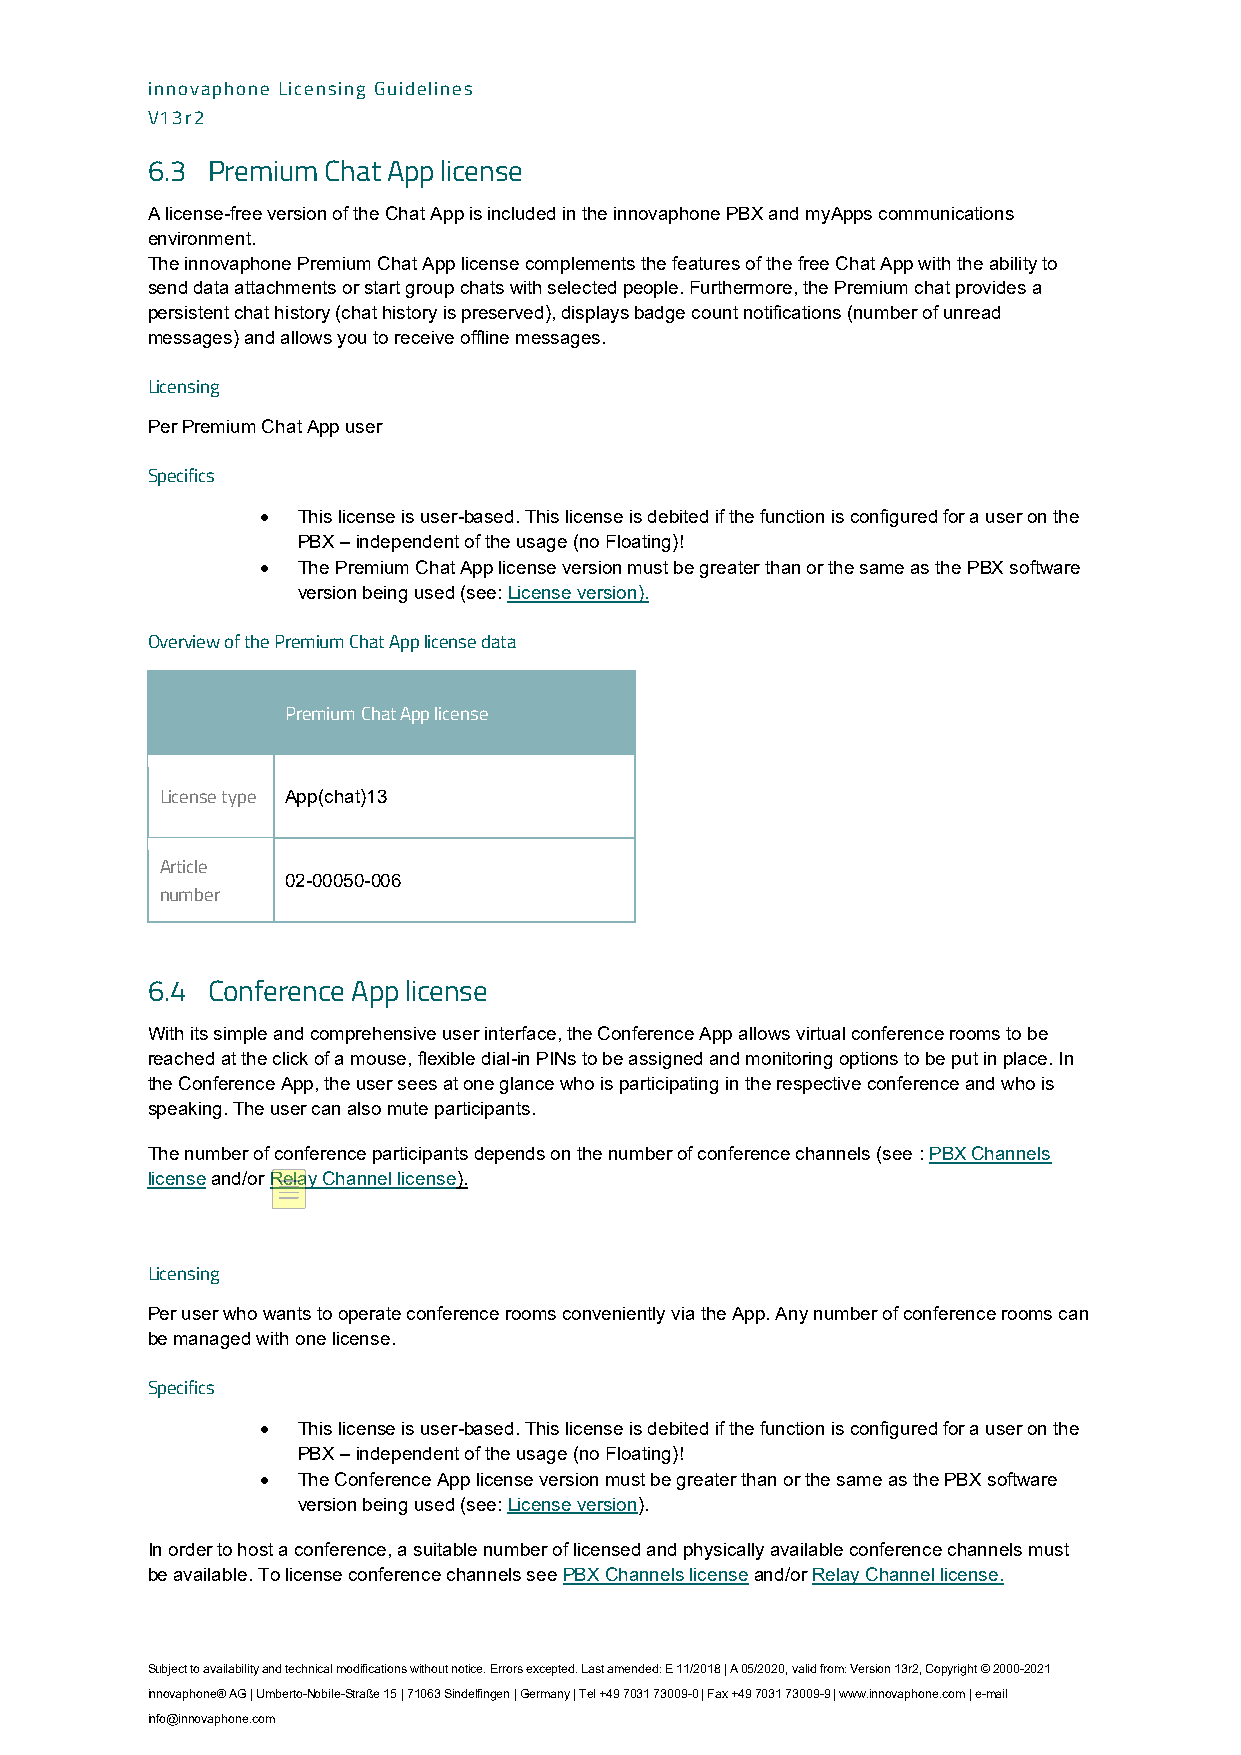
innovaphone Licensing Guidelines
 V13r2
 6.3 Premium Chat App license
 A license-free version of the Chat App is included in the innovaphone PBX and myApps communications
 environment.
 The innovaphone Premium Chat App license complements the features of the free Chat App with the ability to
 send data attachments or start group chats with selected people. Furthermore, the Premium chat provides a
 persistent chat history (chat history is preserved), displays badge count notifications (number of unread
 messages) and allows you to receive offline messages.
 Licensing
 Per Premium Chat App user
 Specifics
 •  This license is user-based. This license is debited if the function is configured for a user on the
 PBX – independent of the usage (no Floating)!
 •  The Premium Chat App license version must be greater than or the same as the PBX software
 version being used (see: License version).
 Overview of the Premium Chat App license data
 Premium Chat App license
 License type App(chat)13
 Article
 02-00050-006
 number
 6.4 Conference App license
 With its simple and comprehensive user interface, the Conference App allows virtual conference rooms to be
 reached at the click of a mouse, flexible dial-in PINs to be assigned and monitoring options to be put in place. In
 the Conference App, the user sees at one glance who is participating in the respective conference and who is
 speaking. The user can also mute participants.
 The number of conference participants depends on the number of conference channels (see : PBX Channels
 license and/or Relay Channel license).
 Licensing
 Per user who wants to operate conference rooms conveniently via the App. Any number of conference rooms can
 be managed with one license.
 Specifics
 •  This license is user-based. This license is debited if the function is configured for a user on the
 PBX – independent of the usage (no Floating)!
 •  The Conference App license version must be greater than or the same as the PBX software
 version being used (see: License version).
 In order to host a conference, a suitable number of licensed and physically available conference channels must
 be available. To license conference channels see PBX Channels license and/or Relay Channel license.
 Subject to availability and technical modifications without notice. Errors excepted. Last amended: E 11/2018 | A 05/2020, valid from: Version 13r2, Copyright © 2000-2021
 innovaphone® AG | Umberto-Nobile-Straße 15 | 71063 Sindelfingen | Germany | Tel +49 7031 73009-0 | Fax +49 7031 73009-9 | www.innovaphone.com | e-mail
 info@innovaphone.com